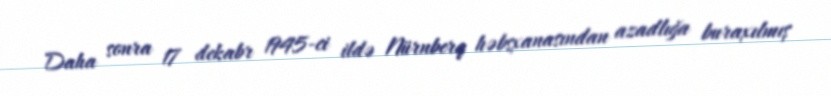
Daha sonra 17 dekabr 1945-ci ildə Nürnberq həbsxanasından azadlığa buraxılmış